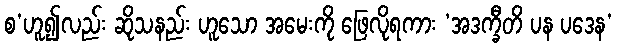
စ’ဟူ၍လည်း ဆိုသနည်း ဟူသော အမေးကို ဖြေလိုရကား ‘အဒက္ခီတိ ပန ပဒေန’